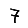
Digit: 7